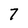
Character: 7